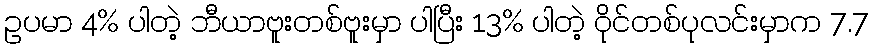
ဥပမာ 4% ပါတဲ့ ဘီယာဗူးတစ်ဗူးမှာ ပါပြီး 13% ပါတဲ့ ဝိုင်တစ်ပုလင်းမှာက 7.7